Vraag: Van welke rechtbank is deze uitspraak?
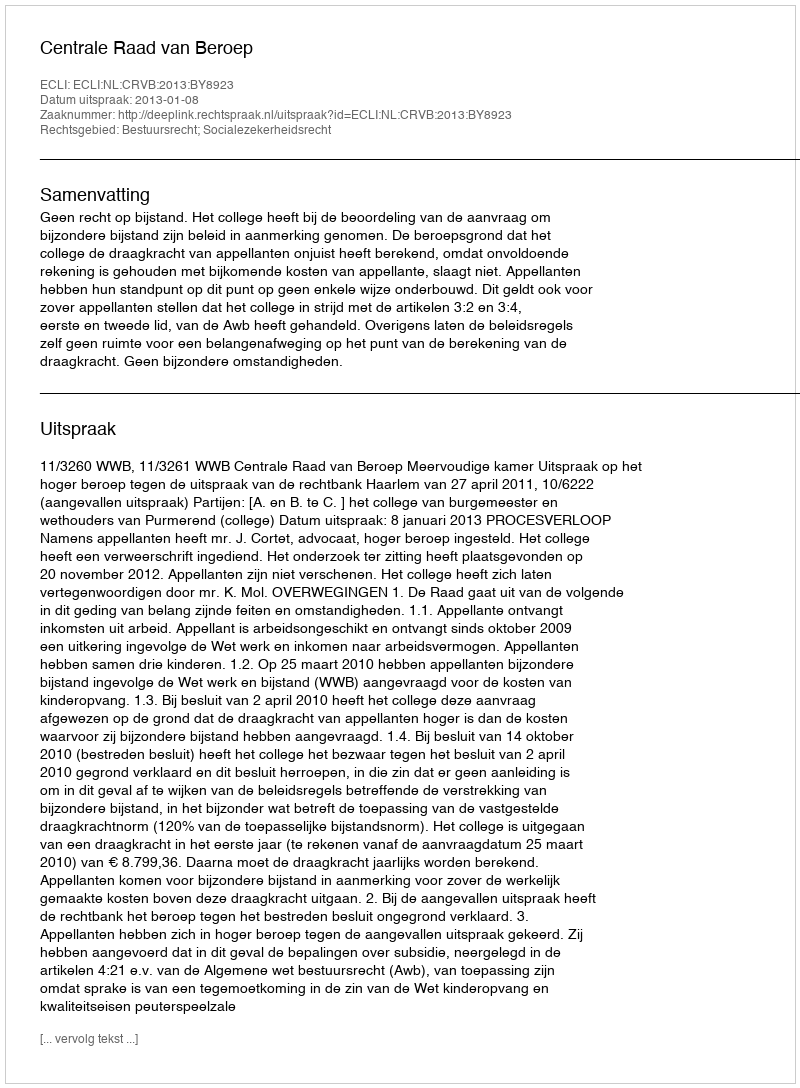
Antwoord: Centrale Raad van Beroep